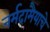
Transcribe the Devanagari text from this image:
नर्मदामैयाचे